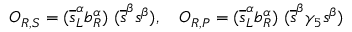
O _ { R , S } = ( \overline { { { s } } } _ { L } ^ { \alpha } b _ { R } ^ { \alpha } ) ~ ( \overline { { { s } } } ^ { \beta } s ^ { \beta } ) , ~ ~ ~ O _ { R , P } = ( \overline { { { s } } } _ { L } ^ { \alpha } b _ { R } ^ { \alpha } ) ~ ( \overline { { { s } } } ^ { \beta } \gamma _ { 5 } s ^ { \beta } )